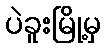
ပဲခူးမြို့မှ